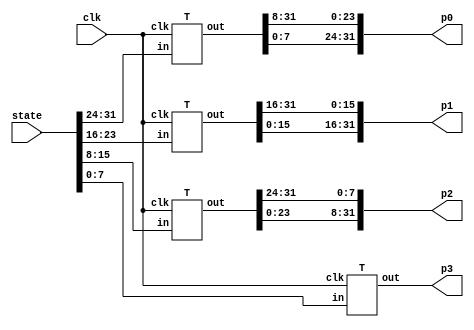
module table_lookup (clk, state, p0, p1, p2, p3);
    input clk;
    input [31:0] state;
    output [31:0] p0, p1, p2, p3;
    wire [7:0] b0, b1, b2, b3;
    
    assign {b0, b1, b2, b3} = state;
	
    T
        t0 (clk, b0, {p0[23:0], p0[31:24]}),
        t1 (clk, b1, {p1[15:0], p1[31:16]}),
        t2 (clk, b2, {p2[7:0],  p2[31:8]} ),
        t3 (clk, b3, p3);
endmodule

/* substitue four bytes in a word */
module S4 (clk, in, out);
    input clk;
    input [31:0] in;
    output [31:0] out;
    
    S
        S_0 (clk, in[31:24], out[31:24]),
        S_1 (clk, in[23:16], out[23:16]),
        S_2 (clk, in[15:8],  out[15:8] ),
        S_3 (clk, in[7:0],   out[7:0]  );
endmodule

/* S_box, S_box, S_box*(x+1), S_box*x */
module T (clk, in, out);
    input         clk;
    input  [7:0]  in;
    output [31:0] out;
    
    S
        s0 (clk, in, out[31:24]);
    assign out[23:16] = out[31:24];
    xS
        s4 (clk, in, out[7:0]);
    assign out[15:8] = out[23:16] ^ out[7:0];
endmodule

/* S box */
module S (clk, in, out);
    input clk;
    input [7:0] in;
    output reg [7:0] out;

    always @ (posedge clk)
    case (in)
    8'h00: out <= 8'h63;
    8'h01: out <= 8'h7c;
    8'h02: out <= 8'h77;
    8'h03: out <= 8'h7b;
    8'h04: out <= 8'hf2;
    8'h05: out <= 8'h6b;
    8'h06: out <= 8'h6f;
    8'h07: out <= 8'hc5;
    8'h08: out <= 8'h30;
    8'h09: out <= 8'h01;
    8'h0a: out <= 8'h67;
    8'h0b: out <= 8'h2b;
    8'h0c: out <= 8'hfe;
    8'h0d: out <= 8'hd7;
    8'h0e: out <= 8'hab;
    8'h0f: out <= 8'h76;
    8'h10: out <= 8'hca;
    8'h11: out <= 8'h82;
    8'h12: out <= 8'hc9;
    8'h13: out <= 8'h7d;
    8'h14: out <= 8'hfa;
    8'h15: out <= 8'h59;
    8'h16: out <= 8'h47;
    8'h17: out <= 8'hf0;
    8'h18: out <= 8'had;
    8'h19: out <= 8'hd4;
    8'h1a: out <= 8'ha2;
    8'h1b: out <= 8'haf;
    8'h1c: out <= 8'h9c;
    8'h1d: out <= 8'ha4;
    8'h1e: out <= 8'h72;
    8'h1f: out <= 8'hc0;
    8'h20: out <= 8'hb7;
    8'h21: out <= 8'hfd;
    8'h22: out <= 8'h93;
    8'h23: out <= 8'h26;
    8'h24: out <= 8'h36;
    8'h25: out <= 8'h3f;
    8'h26: out <= 8'hf7;
    8'h27: out <= 8'hcc;
    8'h28: out <= 8'h34;
    8'h29: out <= 8'ha5;
    8'h2a: out <= 8'he5;
    8'h2b: out <= 8'hf1;
    8'h2c: out <= 8'h71;
    8'h2d: out <= 8'hd8;
    8'h2e: out <= 8'h31;
    8'h2f: out <= 8'h15;
    8'h30: out <= 8'h04;
    8'h31: out <= 8'hc7;
    8'h32: out <= 8'h23;
    8'h33: out <= 8'hc3;
    8'h34: out <= 8'h18;
    8'h35: out <= 8'h96;
    8'h36: out <= 8'h05;
    8'h37: out <= 8'h9a;
    8'h38: out <= 8'h07;
    8'h39: out <= 8'h12;
    8'h3a: out <= 8'h80;
    8'h3b: out <= 8'he2;
    8'h3c: out <= 8'heb;
    8'h3d: out <= 8'h27;
    8'h3e: out <= 8'hb2;
    8'h3f: out <= 8'h75;
    8'h40: out <= 8'h09;
    8'h41: out <= 8'h83;
    8'h42: out <= 8'h2c;
    8'h43: out <= 8'h1a;
    8'h44: out <= 8'h1b;
    8'h45: out <= 8'h6e;
    8'h46: out <= 8'h5a;
    8'h47: out <= 8'ha0;
    8'h48: out <= 8'h52;
    8'h49: out <= 8'h3b;
    8'h4a: out <= 8'hd6;
    8'h4b: out <= 8'hb3;
    8'h4c: out <= 8'h29;
    8'h4d: out <= 8'he3;
    8'h4e: out <= 8'h2f;
    8'h4f: out <= 8'h84;
    8'h50: out <= 8'h53;
    8'h51: out <= 8'hd1;
    8'h52: out <= 8'h00;
    8'h53: out <= 8'hed;
    8'h54: out <= 8'h20;
    8'h55: out <= 8'hfc;
    8'h56: out <= 8'hb1;
    8'h57: out <= 8'h5b;
    8'h58: out <= 8'h6a;
    8'h59: out <= 8'hcb;
    8'h5a: out <= 8'hbe;
    8'h5b: out <= 8'h39;
    8'h5c: out <= 8'h4a;
    8'h5d: out <= 8'h4c;
    8'h5e: out <= 8'h58;
    8'h5f: out <= 8'hcf;
    8'h60: out <= 8'hd0;
    8'h61: out <= 8'hef;
    8'h62: out <= 8'haa;
    8'h63: out <= 8'hfb;
    8'h64: out <= 8'h43;
    8'h65: out <= 8'h4d;
    8'h66: out <= 8'h33;
    8'h67: out <= 8'h85;
    8'h68: out <= 8'h45;
    8'h69: out <= 8'hf9;
    8'h6a: out <= 8'h02;
    8'h6b: out <= 8'h7f;
    8'h6c: out <= 8'h50;
    8'h6d: out <= 8'h3c;
    8'h6e: out <= 8'h9f;
    8'h6f: out <= 8'ha8;
    8'h70: out <= 8'h51;
    8'h71: out <= 8'ha3;
    8'h72: out <= 8'h40;
    8'h73: out <= 8'h8f;
    8'h74: out <= 8'h92;
    8'h75: out <= 8'h9d;
    8'h76: out <= 8'h38;
    8'h77: out <= 8'hf5;
    8'h78: out <= 8'hbc;
    8'h79: out <= 8'hb6;
    8'h7a: out <= 8'hda;
    8'h7b: out <= 8'h21;
    8'h7c: out <= 8'h10;
    8'h7d: out <= 8'hff;
    8'h7e: out <= 8'hf3;
    8'h7f: out <= 8'hd2;
    8'h80: out <= 8'hcd;
    8'h81: out <= 8'h0c;
    8'h82: out <= 8'h13;
    8'h83: out <= 8'hec;
    8'h84: out <= 8'h5f;
    8'h85: out <= 8'h97;
    8'h86: out <= 8'h44;
    8'h87: out <= 8'h17;
    8'h88: out <= 8'hc4;
    8'h89: out <= 8'ha7;
    8'h8a: out <= 8'h7e;
    8'h8b: out <= 8'h3d;
    8'h8c: out <= 8'h64;
    8'h8d: out <= 8'h5d;
    8'h8e: out <= 8'h19;
    8'h8f: out <= 8'h73;
    8'h90: out <= 8'h60;
    8'h91: out <= 8'h81;
    8'h92: out <= 8'h4f;
    8'h93: out <= 8'hdc;
    8'h94: out <= 8'h22;
    8'h95: out <= 8'h2a;
    8'h96: out <= 8'h90;
    8'h97: out <= 8'h88;
    8'h98: out <= 8'h46;
    8'h99: out <= 8'hee;
    8'h9a: out <= 8'hb8;
    8'h9b: out <= 8'h14;
    8'h9c: out <= 8'hde;
    8'h9d: out <= 8'h5e;
    8'h9e: out <= 8'h0b;
    8'h9f: out <= 8'hdb;
    8'ha0: out <= 8'he0;
    8'ha1: out <= 8'h32;
    8'ha2: out <= 8'h3a;
    8'ha3: out <= 8'h0a;
    8'ha4: out <= 8'h49;
    8'ha5: out <= 8'h06;
    8'ha6: out <= 8'h24;
    8'ha7: out <= 8'h5c;
    8'ha8: out <= 8'hc2;
    8'ha9: out <= 8'hd3;
    8'haa: out <= 8'hac;
    8'hab: out <= 8'h62;
    8'hac: out <= 8'h91;
    8'had: out <= 8'h95;
    8'hae: out <= 8'he4;
    8'haf: out <= 8'h79;
    8'hb0: out <= 8'he7;
    8'hb1: out <= 8'hc8;
    8'hb2: out <= 8'h37;
    8'hb3: out <= 8'h6d;
    8'hb4: out <= 8'h8d;
    8'hb5: out <= 8'hd5;
    8'hb6: out <= 8'h4e;
    8'hb7: out <= 8'ha9;
    8'hb8: out <= 8'h6c;
    8'hb9: out <= 8'h56;
    8'hba: out <= 8'hf4;
    8'hbb: out <= 8'hea;
    8'hbc: out <= 8'h65;
    8'hbd: out <= 8'h7a;
    8'hbe: out <= 8'hae;
    8'hbf: out <= 8'h08;
    8'hc0: out <= 8'hba;
    8'hc1: out <= 8'h78;
    8'hc2: out <= 8'h25;
    8'hc3: out <= 8'h2e;
    8'hc4: out <= 8'h1c;
    8'hc5: out <= 8'ha6;
    8'hc6: out <= 8'hb4;
    8'hc7: out <= 8'hc6;
    8'hc8: out <= 8'he8;
    8'hc9: out <= 8'hdd;
    8'hca: out <= 8'h74;
    8'hcb: out <= 8'h1f;
    8'hcc: out <= 8'h4b;
    8'hcd: out <= 8'hbd;
    8'hce: out <= 8'h8b;
    8'hcf: out <= 8'h8a;
    8'hd0: out <= 8'h70;
    8'hd1: out <= 8'h3e;
    8'hd2: out <= 8'hb5;
    8'hd3: out <= 8'h66;
    8'hd4: out <= 8'h48;
    8'hd5: out <= 8'h03;
    8'hd6: out <= 8'hf6;
    8'hd7: out <= 8'h0e;
    8'hd8: out <= 8'h61;
    8'hd9: out <= 8'h35;
    8'hda: out <= 8'h57;
    8'hdb: out <= 8'hb9;
    8'hdc: out <= 8'h86;
    8'hdd: out <= 8'hc1;
    8'hde: out <= 8'h1d;
    8'hdf: out <= 8'h9e;
    8'he0: out <= 8'he1;
    8'he1: out <= 8'hf8;
    8'he2: out <= 8'h98;
    8'he3: out <= 8'h11;
    8'he4: out <= 8'h69;
    8'he5: out <= 8'hd9;
    8'he6: out <= 8'h8e;
    8'he7: out <= 8'h94;
    8'he8: out <= 8'h9b;
    8'he9: out <= 8'h1e;
    8'hea: out <= 8'h87;
    8'heb: out <= 8'he9;
    8'hec: out <= 8'hce;
    8'hed: out <= 8'h55;
    8'hee: out <= 8'h28;
    8'hef: out <= 8'hdf;
    8'hf0: out <= 8'h8c;
    8'hf1: out <= 8'ha1;
    8'hf2: out <= 8'h89;
    8'hf3: out <= 8'h0d;
    8'hf4: out <= 8'hbf;
    8'hf5: out <= 8'he6;
    8'hf6: out <= 8'h42;
    8'hf7: out <= 8'h68;
    8'hf8: out <= 8'h41;
    8'hf9: out <= 8'h99;
    8'hfa: out <= 8'h2d;
    8'hfb: out <= 8'h0f;
    8'hfc: out <= 8'hb0;
    8'hfd: out <= 8'h54;
    8'hfe: out <= 8'hbb;
    8'hff: out <= 8'h16;
    endcase
endmodule

/* S box * x */
module xS (clk, in, out);
    input clk;
    input [7:0] in;
    output reg [7:0] out;

    always @ (posedge clk)
    case (in)
    8'h00: out <= 8'hc6;
    8'h01: out <= 8'hf8;
    8'h02: out <= 8'hee;
    8'h03: out <= 8'hf6;
    8'h04: out <= 8'hff;
    8'h05: out <= 8'hd6;
    8'h06: out <= 8'hde;
    8'h07: out <= 8'h91;
    8'h08: out <= 8'h60;
    8'h09: out <= 8'h02;
    8'h0a: out <= 8'hce;
    8'h0b: out <= 8'h56;
    8'h0c: out <= 8'he7;
    8'h0d: out <= 8'hb5;
    8'h0e: out <= 8'h4d;
    8'h0f: out <= 8'hec;
    8'h10: out <= 8'h8f;
    8'h11: out <= 8'h1f;
    8'h12: out <= 8'h89;
    8'h13: out <= 8'hfa;
    8'h14: out <= 8'hef;
    8'h15: out <= 8'hb2;
    8'h16: out <= 8'h8e;
    8'h17: out <= 8'hfb;
    8'h18: out <= 8'h41;
    8'h19: out <= 8'hb3;
    8'h1a: out <= 8'h5f;
    8'h1b: out <= 8'h45;
    8'h1c: out <= 8'h23;
    8'h1d: out <= 8'h53;
    8'h1e: out <= 8'he4;
    8'h1f: out <= 8'h9b;
    8'h20: out <= 8'h75;
    8'h21: out <= 8'he1;
    8'h22: out <= 8'h3d;
    8'h23: out <= 8'h4c;
    8'h24: out <= 8'h6c;
    8'h25: out <= 8'h7e;
    8'h26: out <= 8'hf5;
    8'h27: out <= 8'h83;
    8'h28: out <= 8'h68;
    8'h29: out <= 8'h51;
    8'h2a: out <= 8'hd1;
    8'h2b: out <= 8'hf9;
    8'h2c: out <= 8'he2;
    8'h2d: out <= 8'hab;
    8'h2e: out <= 8'h62;
    8'h2f: out <= 8'h2a;
    8'h30: out <= 8'h08;
    8'h31: out <= 8'h95;
    8'h32: out <= 8'h46;
    8'h33: out <= 8'h9d;
    8'h34: out <= 8'h30;
    8'h35: out <= 8'h37;
    8'h36: out <= 8'h0a;
    8'h37: out <= 8'h2f;
    8'h38: out <= 8'h0e;
    8'h39: out <= 8'h24;
    8'h3a: out <= 8'h1b;
    8'h3b: out <= 8'hdf;
    8'h3c: out <= 8'hcd;
    8'h3d: out <= 8'h4e;
    8'h3e: out <= 8'h7f;
    8'h3f: out <= 8'hea;
    8'h40: out <= 8'h12;
    8'h41: out <= 8'h1d;
    8'h42: out <= 8'h58;
    8'h43: out <= 8'h34;
    8'h44: out <= 8'h36;
    8'h45: out <= 8'hdc;
    8'h46: out <= 8'hb4;
    8'h47: out <= 8'h5b;
    8'h48: out <= 8'ha4;
    8'h49: out <= 8'h76;
    8'h4a: out <= 8'hb7;
    8'h4b: out <= 8'h7d;
    8'h4c: out <= 8'h52;
    8'h4d: out <= 8'hdd;
    8'h4e: out <= 8'h5e;
    8'h4f: out <= 8'h13;
    8'h50: out <= 8'ha6;
    8'h51: out <= 8'hb9;
    8'h52: out <= 8'h00;
    8'h53: out <= 8'hc1;
    8'h54: out <= 8'h40;
    8'h55: out <= 8'he3;
    8'h56: out <= 8'h79;
    8'h57: out <= 8'hb6;
    8'h58: out <= 8'hd4;
    8'h59: out <= 8'h8d;
    8'h5a: out <= 8'h67;
    8'h5b: out <= 8'h72;
    8'h5c: out <= 8'h94;
    8'h5d: out <= 8'h98;
    8'h5e: out <= 8'hb0;
    8'h5f: out <= 8'h85;
    8'h60: out <= 8'hbb;
    8'h61: out <= 8'hc5;
    8'h62: out <= 8'h4f;
    8'h63: out <= 8'hed;
    8'h64: out <= 8'h86;
    8'h65: out <= 8'h9a;
    8'h66: out <= 8'h66;
    8'h67: out <= 8'h11;
    8'h68: out <= 8'h8a;
    8'h69: out <= 8'he9;
    8'h6a: out <= 8'h04;
    8'h6b: out <= 8'hfe;
    8'h6c: out <= 8'ha0;
    8'h6d: out <= 8'h78;
    8'h6e: out <= 8'h25;
    8'h6f: out <= 8'h4b;
    8'h70: out <= 8'ha2;
    8'h71: out <= 8'h5d;
    8'h72: out <= 8'h80;
    8'h73: out <= 8'h05;
    8'h74: out <= 8'h3f;
    8'h75: out <= 8'h21;
    8'h76: out <= 8'h70;
    8'h77: out <= 8'hf1;
    8'h78: out <= 8'h63;
    8'h79: out <= 8'h77;
    8'h7a: out <= 8'haf;
    8'h7b: out <= 8'h42;
    8'h7c: out <= 8'h20;
    8'h7d: out <= 8'he5;
    8'h7e: out <= 8'hfd;
    8'h7f: out <= 8'hbf;
    8'h80: out <= 8'h81;
    8'h81: out <= 8'h18;
    8'h82: out <= 8'h26;
    8'h83: out <= 8'hc3;
    8'h84: out <= 8'hbe;
    8'h85: out <= 8'h35;
    8'h86: out <= 8'h88;
    8'h87: out <= 8'h2e;
    8'h88: out <= 8'h93;
    8'h89: out <= 8'h55;
    8'h8a: out <= 8'hfc;
    8'h8b: out <= 8'h7a;
    8'h8c: out <= 8'hc8;
    8'h8d: out <= 8'hba;
    8'h8e: out <= 8'h32;
    8'h8f: out <= 8'he6;
    8'h90: out <= 8'hc0;
    8'h91: out <= 8'h19;
    8'h92: out <= 8'h9e;
    8'h93: out <= 8'ha3;
    8'h94: out <= 8'h44;
    8'h95: out <= 8'h54;
    8'h96: out <= 8'h3b;
    8'h97: out <= 8'h0b;
    8'h98: out <= 8'h8c;
    8'h99: out <= 8'hc7;
    8'h9a: out <= 8'h6b;
    8'h9b: out <= 8'h28;
    8'h9c: out <= 8'ha7;
    8'h9d: out <= 8'hbc;
    8'h9e: out <= 8'h16;
    8'h9f: out <= 8'had;
    8'ha0: out <= 8'hdb;
    8'ha1: out <= 8'h64;
    8'ha2: out <= 8'h74;
    8'ha3: out <= 8'h14;
    8'ha4: out <= 8'h92;
    8'ha5: out <= 8'h0c;
    8'ha6: out <= 8'h48;
    8'ha7: out <= 8'hb8;
    8'ha8: out <= 8'h9f;
    8'ha9: out <= 8'hbd;
    8'haa: out <= 8'h43;
    8'hab: out <= 8'hc4;
    8'hac: out <= 8'h39;
    8'had: out <= 8'h31;
    8'hae: out <= 8'hd3;
    8'haf: out <= 8'hf2;
    8'hb0: out <= 8'hd5;
    8'hb1: out <= 8'h8b;
    8'hb2: out <= 8'h6e;
    8'hb3: out <= 8'hda;
    8'hb4: out <= 8'h01;
    8'hb5: out <= 8'hb1;
    8'hb6: out <= 8'h9c;
    8'hb7: out <= 8'h49;
    8'hb8: out <= 8'hd8;
    8'hb9: out <= 8'hac;
    8'hba: out <= 8'hf3;
    8'hbb: out <= 8'hcf;
    8'hbc: out <= 8'hca;
    8'hbd: out <= 8'hf4;
    8'hbe: out <= 8'h47;
    8'hbf: out <= 8'h10;
    8'hc0: out <= 8'h6f;
    8'hc1: out <= 8'hf0;
    8'hc2: out <= 8'h4a;
    8'hc3: out <= 8'h5c;
    8'hc4: out <= 8'h38;
    8'hc5: out <= 8'h57;
    8'hc6: out <= 8'h73;
    8'hc7: out <= 8'h97;
    8'hc8: out <= 8'hcb;
    8'hc9: out <= 8'ha1;
    8'hca: out <= 8'he8;
    8'hcb: out <= 8'h3e;
    8'hcc: out <= 8'h96;
    8'hcd: out <= 8'h61;
    8'hce: out <= 8'h0d;
    8'hcf: out <= 8'h0f;
    8'hd0: out <= 8'he0;
    8'hd1: out <= 8'h7c;
    8'hd2: out <= 8'h71;
    8'hd3: out <= 8'hcc;
    8'hd4: out <= 8'h90;
    8'hd5: out <= 8'h06;
    8'hd6: out <= 8'hf7;
    8'hd7: out <= 8'h1c;
    8'hd8: out <= 8'hc2;
    8'hd9: out <= 8'h6a;
    8'hda: out <= 8'hae;
    8'hdb: out <= 8'h69;
    8'hdc: out <= 8'h17;
    8'hdd: out <= 8'h99;
    8'hde: out <= 8'h3a;
    8'hdf: out <= 8'h27;
    8'he0: out <= 8'hd9;
    8'he1: out <= 8'heb;
    8'he2: out <= 8'h2b;
    8'he3: out <= 8'h22;
    8'he4: out <= 8'hd2;
    8'he5: out <= 8'ha9;
    8'he6: out <= 8'h07;
    8'he7: out <= 8'h33;
    8'he8: out <= 8'h2d;
    8'he9: out <= 8'h3c;
    8'hea: out <= 8'h15;
    8'heb: out <= 8'hc9;
    8'hec: out <= 8'h87;
    8'hed: out <= 8'haa;
    8'hee: out <= 8'h50;
    8'hef: out <= 8'ha5;
    8'hf0: out <= 8'h03;
    8'hf1: out <= 8'h59;
    8'hf2: out <= 8'h09;
    8'hf3: out <= 8'h1a;
    8'hf4: out <= 8'h65;
    8'hf5: out <= 8'hd7;
    8'hf6: out <= 8'h84;
    8'hf7: out <= 8'hd0;
    8'hf8: out <= 8'h82;
    8'hf9: out <= 8'h29;
    8'hfa: out <= 8'h5a;
    8'hfb: out <= 8'h1e;
    8'hfc: out <= 8'h7b;
    8'hfd: out <= 8'ha8;
    8'hfe: out <= 8'h6d;
    8'hff: out <= 8'h2c;
    endcase
endmodule